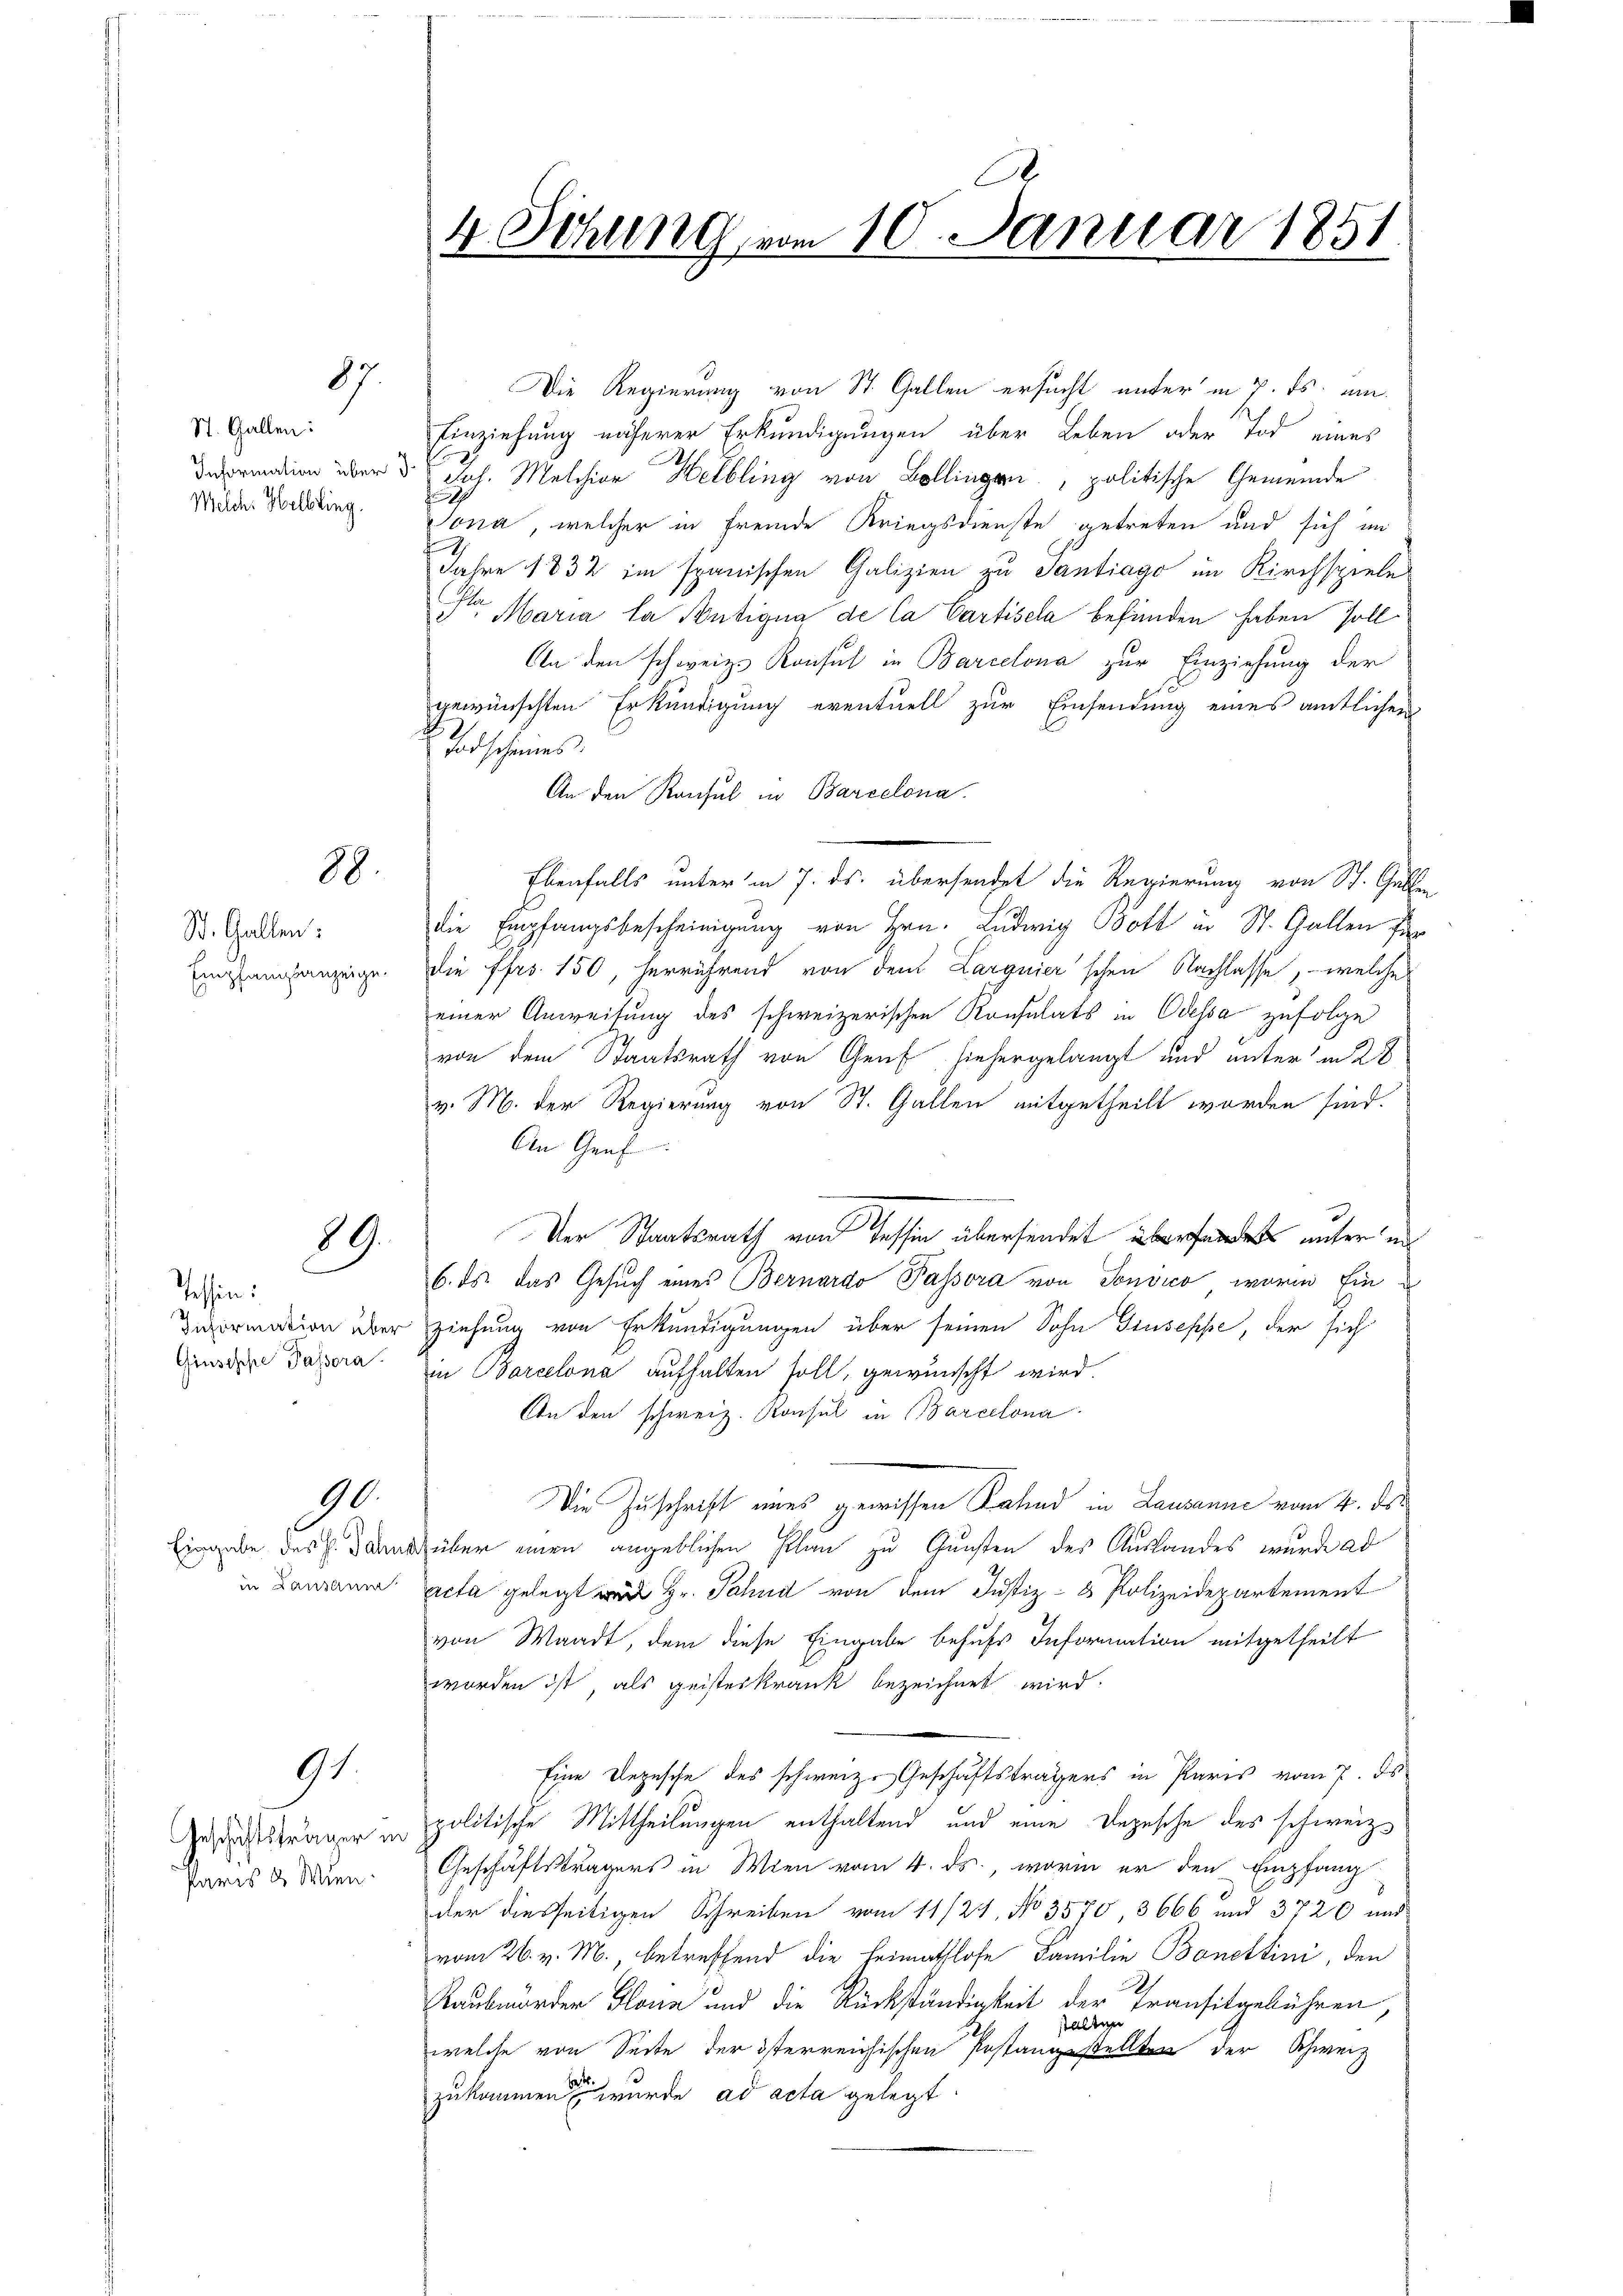
87.

St. Gallen:
Information über
Welche Helbling.

88.

St. Gallen:
Empfangsanzeige

89.

Tessin:
Information über
Giuseppe Passora

90.

Eingabe des H. Jahn
in Lausanna

91.

Geschichtsträger in
Paris u Wien.

A
4. Sitzung vom 10. Januar 1851

Die Regierung von St. Gallen ersucht unter in 7. ds. um
Einziehung näherer Erkundigungen über Leben oder Tod eines
Joh. Melchior Helbling von Bollingen politische Gemeinde
Sona, welcher in fremde Kriegsdienste getreten und sich im
Jahre 1832 im spanischen Galizien zu Santiago im Kirchspiele
u. Maria la Antiqua de la Cartisela befunden haben soll
An den schweiz. Konsul in Barcelona zur Einziehung der
gewünschten Erkundigung eventuell zur Einsendung eines amtlicher
Todschenes.
An den Konsul in Barcelona.
die Empfangsbescheinigung von Hrn. Ludwig Bott in St. Gallen für
die Frs. 150, herrührend von dem Larguier'schen Nachlasse, welche
einer Anweisung des schweizerischen Konsulats in Odessa zufolge
von dem Staatsrath von Genf hiehergelangt und unter in 28
v. M. der Regierung von St. Gallen mitgetheilt worden sind.
An Graf
Der Staatsrath von Tessin übersendet und unter un
6. ds. das Gesuch eines Bernardo Passora von Sonvico, worin Einziehung von Erkundigungen über seinen Sohn Giuseppe, der sich
in Barcelona aufhalten soll, gewünscht wird.
An den schweiz. Konsul in Barcelona
Die Zuschrift eines gewissen Salind in Lausanne vom 4. ds.
über einen angeblichen Plan zu Gunsten des Auslandes wurde ad
acta gelegt wird Hr. Pahnd von dem Justiz- & Polizeidepartement
von Waadt, dem diese Eingabe behufs Information mitgetheilt
worden ist, als geisteskrank bezeichnet wird.
Eine Depesche des schweiz. Geschäftsträgers in Pares vom 7. ds
politische Mittheilungen enthaltend und eine Depesche des schweiz.
Geschäftsträgers in Wien vom 4. ds., worin er den Empfang
der diesseitigen Schreiben vom 11/21. No 3570 8666 und 3720 und
vom 26. v. M., betreffend die Heimathlose Familie Bonettini, den
Raubmorden Glanz und die Rückständigkeit der Transitgebühren,
stalten
124
welche von Seite der österreichischen Postangestellten der Schweiz
zukommen wurde ad acta gelegt.

Ebenfalls unter in 7. ds. übersendet die Regierung von St. Galle